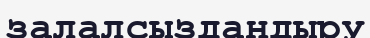
залалсыздандыру